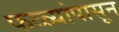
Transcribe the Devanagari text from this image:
फळ्यांपासून